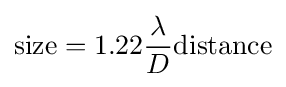
{\text{size}}=1.22{\frac {\lambda }{D}}{\text{distance}}